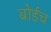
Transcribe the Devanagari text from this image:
बोर्डच